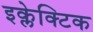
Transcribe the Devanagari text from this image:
इक्लेक्टिक